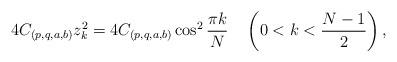
LaTeX: \begin{align*}4C_{(p, q,a,b)}z_k^2=4C_{(p, q,a,b)}\cos^2\frac{\pi k}{N}\ \ \ \left(0<k<\frac{N-1}{2}\right),\end{align*}